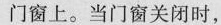
门窗上。当门窗关闭时，